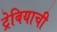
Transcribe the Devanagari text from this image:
ट्रेबियाची